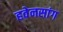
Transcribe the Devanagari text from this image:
हवेनसांग